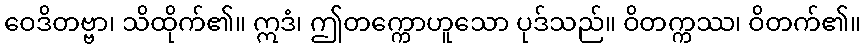
ဝေဒိတဗ္ဗာ၊ သိထိုက်၏။ ဣဒံ၊ ဤတက္ကောဟူသော ပုဒ်သည်။ ဝိတက္ကဿ၊ ဝိတက်၏။